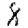
Digit: 8